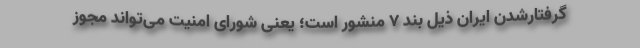
گرفتارشدن ایران ذیل بند ۷ منشور است؛ یعنی شورای امنیت می‌تواند مجوز